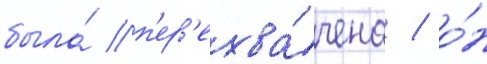
была́ п'ер'ехва́чена / о́н